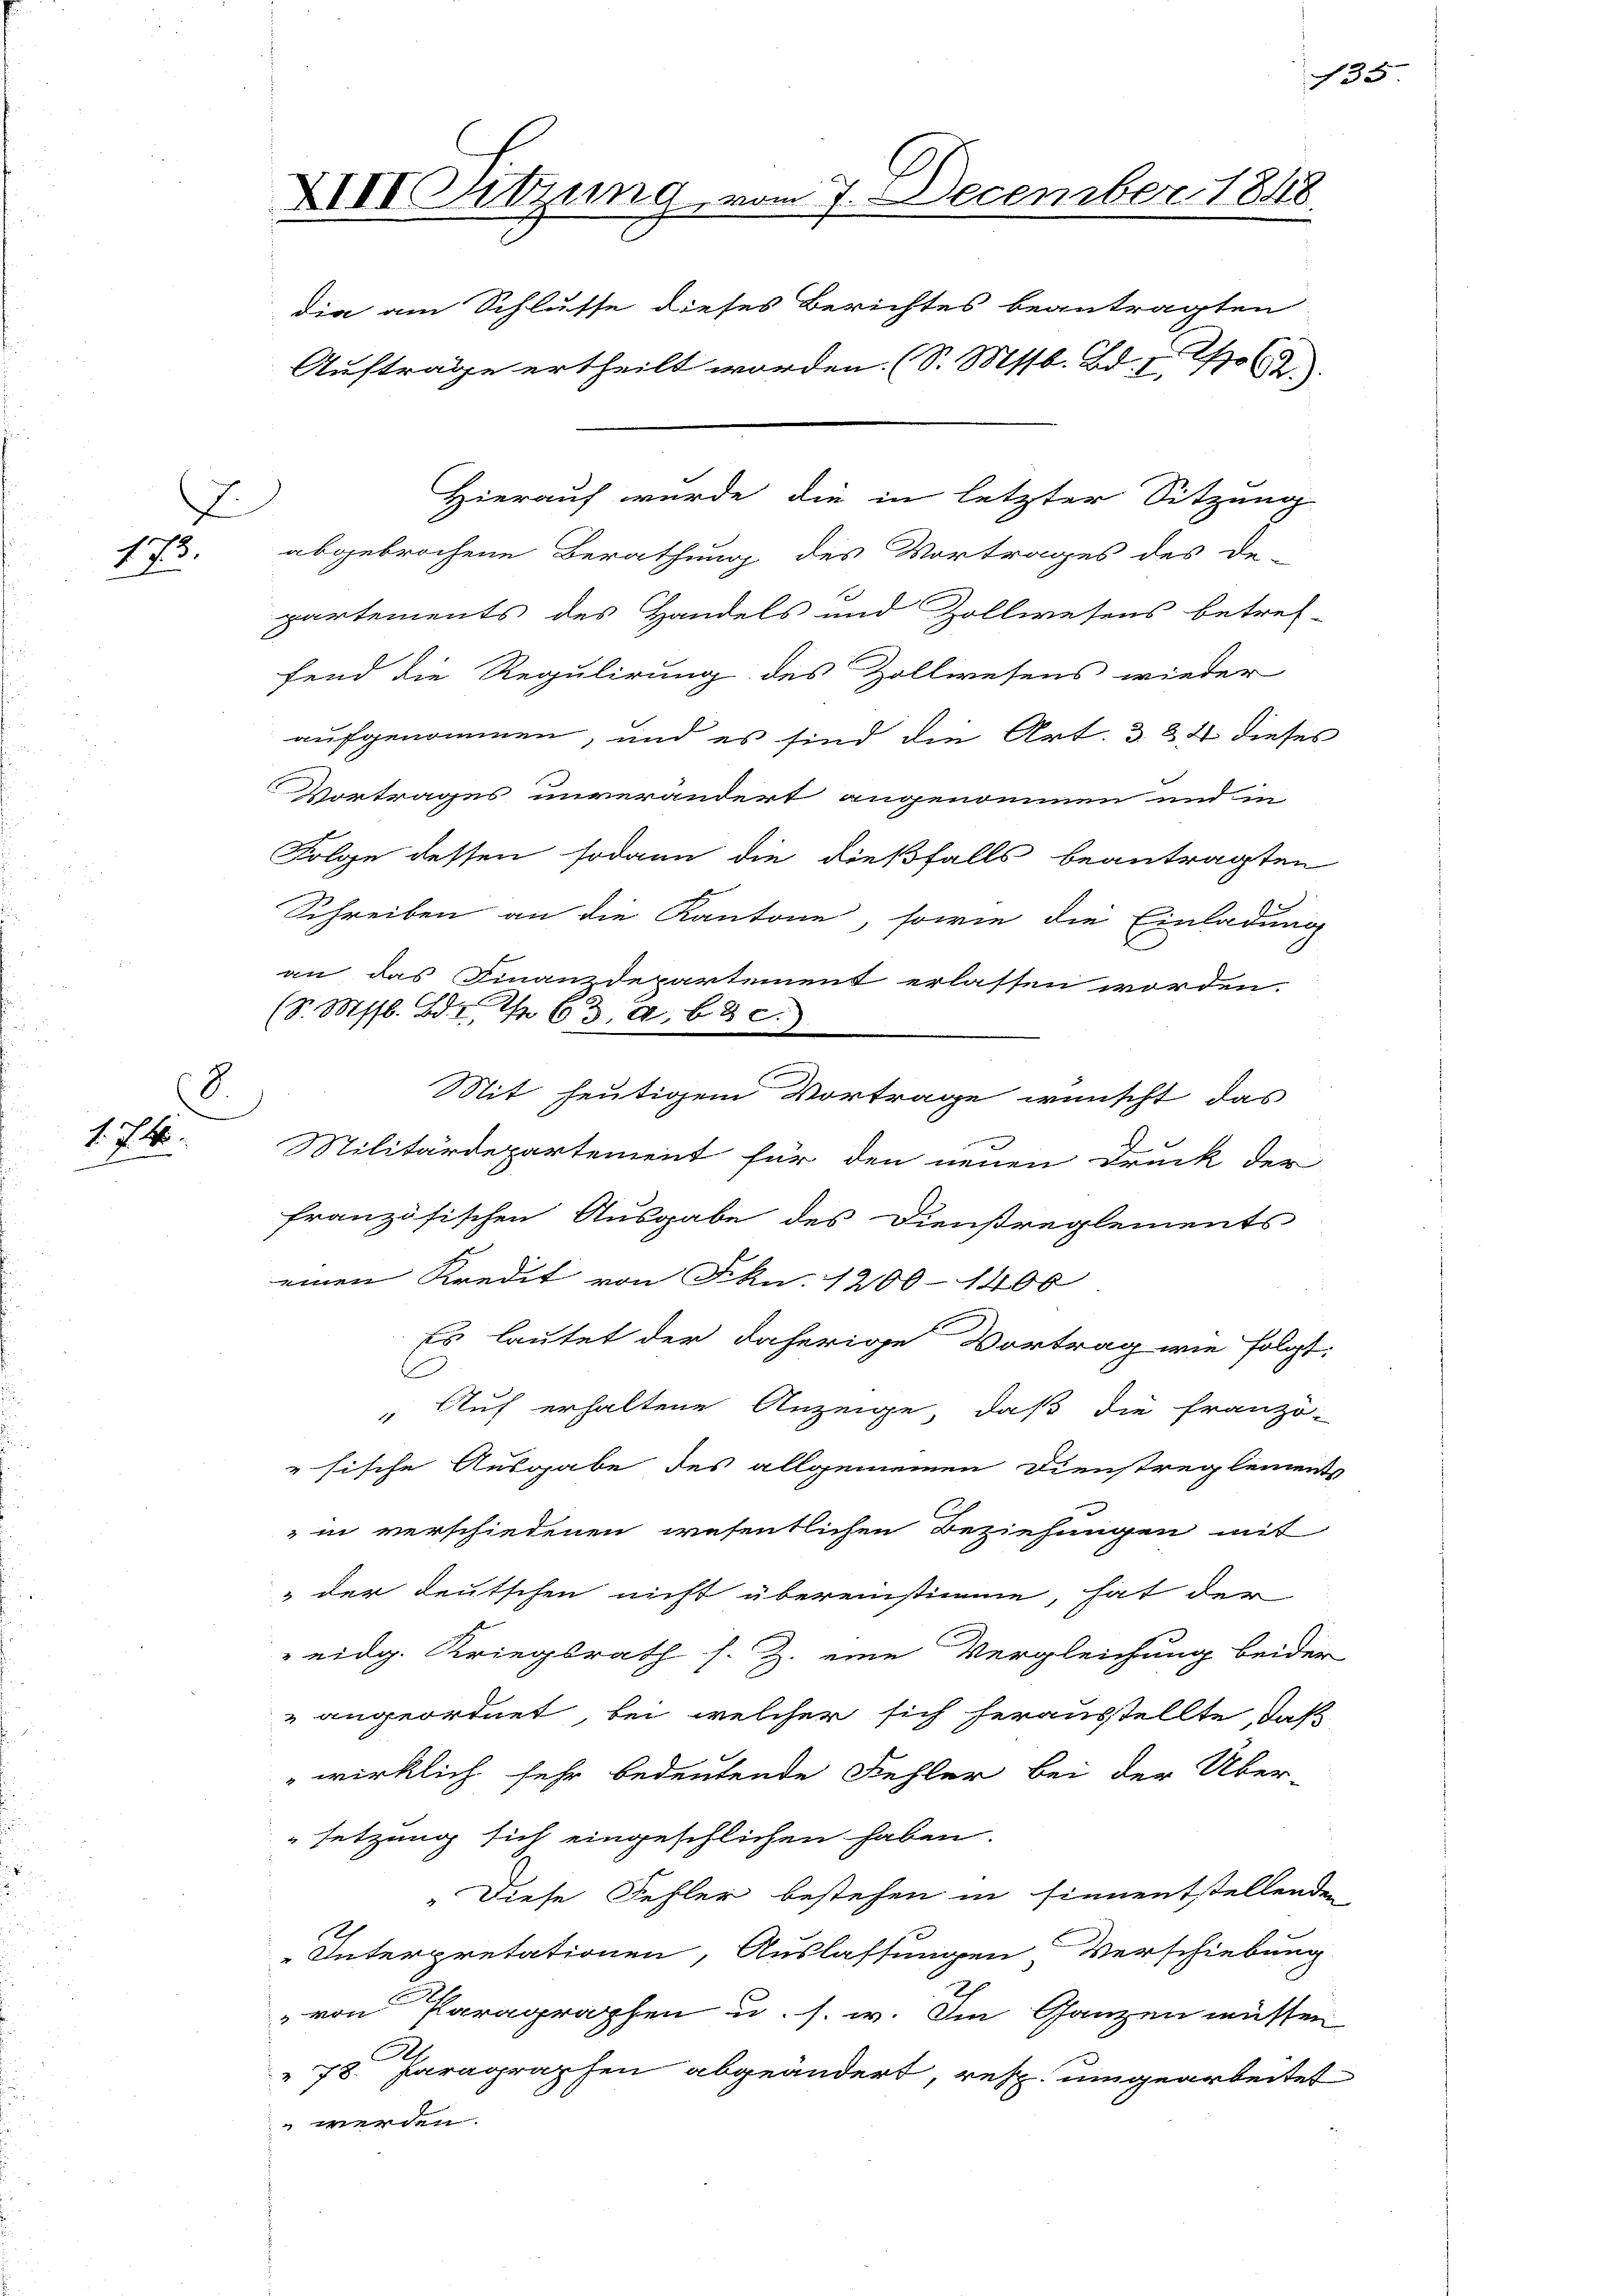
173.

f. 14.
2

x

8

XIII Sitzung, vom 7. December 1848.
dia am Schlusse dieses Berichtes beantragten
Auftrage ertheilt worden. (S. Mts. Bd. 1. 26.

Hierauf wurde die in letzter Sitzung
abgebrochene Berathung des Vortrages des De-
partements des Handels und Zollwesens betref-
fend die Regulirung des Zollwesens wieder
aufgenommen, und es sind die Art. 3 & 4 dieses
Vortrages unverändert angenommen und in
Folge dessen sodann die dießfalls beantragten
Schreiben an die Kantone, sowie die Einladung
Mit heutigem Vortrage wünscht das
Militärdepartement für den neuen Druck der
französischen Ausgabe des Dienstreglements
einen Kredit von Jkn. 1200 - 1406
Es lautet der daherige Vortrag wie folgt:
C
 Auf erhaltene Anzeige, daß die Franzö-
"sische Ausgabe des allgemeinen Dienstreglements
in verschiedenen wesentlichen Beziehungen mit
der deutschen nicht übereinstimme, hat der
 eidg. Kriegsrath s. Z. eine Vergleichung beider
" angeordnet, bei welcher sich herausstellte, daß
wirklich sehr bedeutende Fehler bei der Über-
setzung sich eingeschlichen haben.
Diese Fehler bestehen in sinnentstellenden
"Interpretationen, Auslassungen Verschiebung
" von Paragraphen u. s. w. Im Ganzen müssen
A.
78. Paragraphen abgeändert, resp. umgearbeitet
 werden.

an das Finanzdepartement erlassen worden.
(S. Ms. Bd. I 63. d. 68 c.)

135